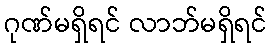
ဂုဏ်မရှိရင် လာဘ်မရှိရင်